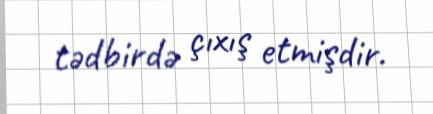
tədbirdə çıxış etmişdir.